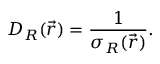
D _ { R } ( \vec { r } ) = \frac { 1 } { \sigma _ { R } ( \vec { r } ) } .